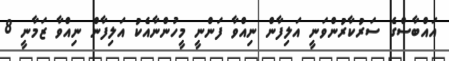
އައްބާސްގެ ސަރުކާރުންވަނީ އަލިފާން ނިއްވާ ފަންނީ މީހުންނާއެކު އަލިފާން ނިއްވާ ޒަމާނީ 8